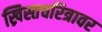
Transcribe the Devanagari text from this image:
ख्रिस्तचरित्रावर